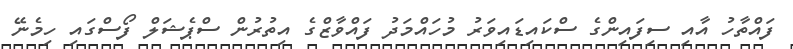
ފައްތާހު އާއި ސިފައިންގެ ސްކައިޑައިވަރު މުހައްމަދު ފައްވާޒްގެ އިތުރުން ސްޕެޝަލް ފޯސްގައި ހިމެނޭ